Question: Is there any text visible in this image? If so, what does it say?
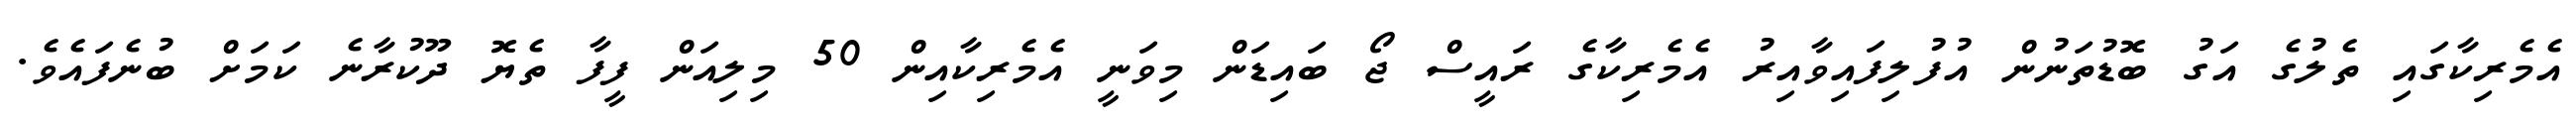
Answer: އެމެރިކާގައި ތެލުގެ އަގު ބޮޑުތަނުން އުފުލިފައިވާއިރު އެމެރިކާގެ ރައީސް ޖޯ ބައިޑަން މިވަނީ އެމެރިކާއިން 50 މިލިއަން ފީފާ ތެޔޮ ދޫކުރާނެ ކަމަށް ބުނެފައެވެ.